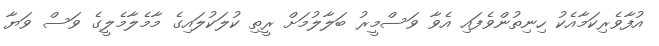
އުފާވެރިކަމާއެކު ހިނިތުންވެފައި އެވާ ވަސްމީރު ބަލާލުމަށް ރީތި ކުލަކުލައިގެ މާމެލާމެލީގެ ވަސް ވަޔާ